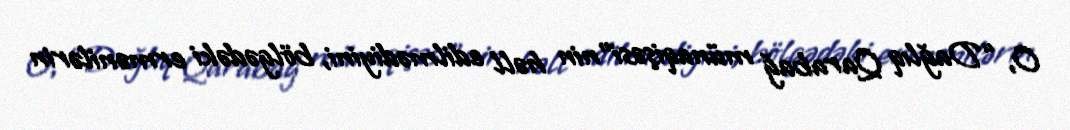
O, “Dağlıq Qarabağ münaqişəsi”nin həll edilmədiyini, bölgədəki ermənilərin